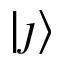
\lvert \j \rangle